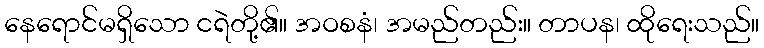
နေရောင်မရှိသော ငရဲတို့၏။ အဝစနံ၊ အမည်တည်း။ တာပန၊ ထိုရေးသည်။